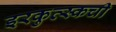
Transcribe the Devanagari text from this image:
इरकुत्स्कची